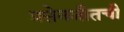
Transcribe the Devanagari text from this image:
प्रसेनजीतची